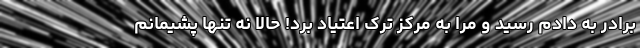
برادر به دادم رسید و مرا به مرکز ترک اعتیاد برد! حالا نه تنها پشیمانم